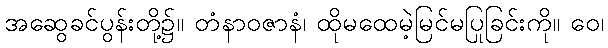
အဆွေခင်ပွန်းတို့၌။ တံနာဝဇာနံ၊ ထိုမထေမဲ့မြင်မပြုခြင်းကို။ ဝေ၊